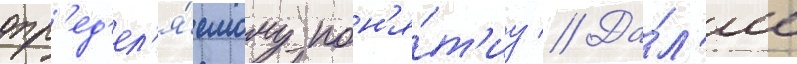
опр'ед'ел'я́емому пон'я́т'иу // Да́л'ее